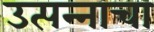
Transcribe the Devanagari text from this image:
उत्पन्‍नाचा